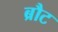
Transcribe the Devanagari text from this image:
ब्रौट